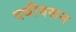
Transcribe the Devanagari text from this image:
दधीवरून